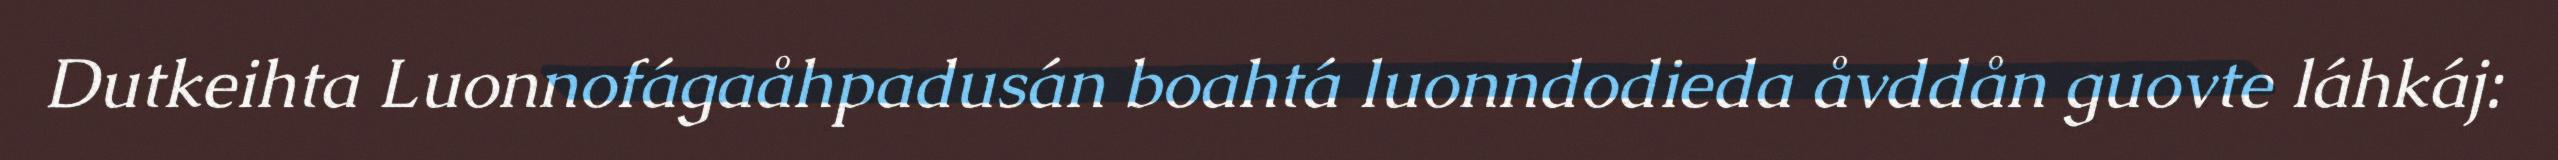
Dutkeihta Luonnofágaåhpadusán boahtá luonndodieda åvddån guovte láhkáj: